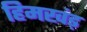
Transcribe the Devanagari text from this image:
हिमखंड़